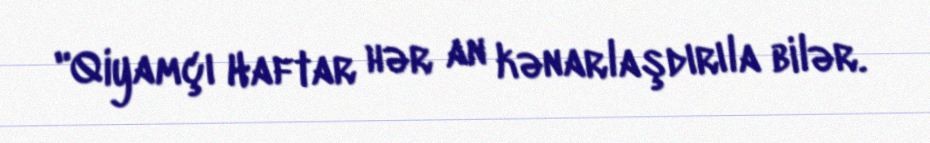
"Qiyamçı Haftar hər an kənarlaşdırıla bilər.